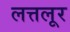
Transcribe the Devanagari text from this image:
लत्तलूर